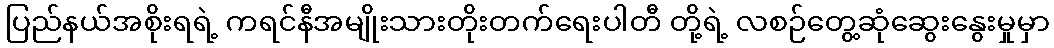
ပြည်နယ်အစိုးရရဲ့ ကရင်နီအမျိုးသားတိုးတက်ရေးပါတီ တို့ရဲ့ လစဉ်တွေ့ဆုံဆွေးနွေးမှုမှာ